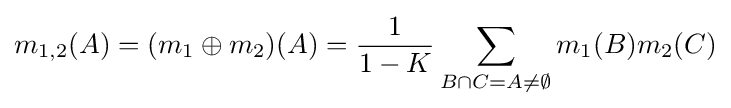
m_{1,2}(A)=(m_{1}\oplus m_{2})(A)={\frac {1}{1-K}}\sum _{B\cap C=A\neq \emptyset }m_{1}(B)m_{2}(C)\,\!